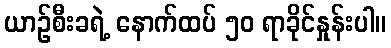
ယာဉ်စီးခရဲ့ နောက်ထပ် ၅၀ ရာခိုင်နှုန်းပါ။